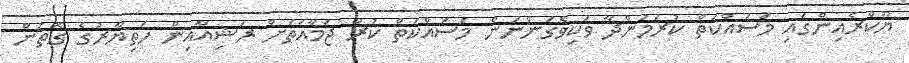
ޔޫކްރެއިންގައި މަސައްކަތް ކުރަމުންދާ ވަކިވެގަންނަން މަސައްކަތް ކުރާ ޖަމާއަތަށް ރަޝިއާއިން ހަތިޔާރުގެ ގޮތުން